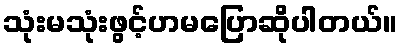
သုံးမသုံးဖွင့်ဟမပြောဆိုပါတယ်။